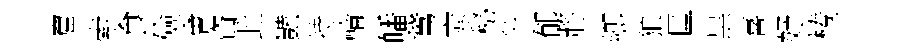
窟索食儉㑹資此豔持輪皤鵞窕秘多郁將鄉狼匡黒喜妤棬